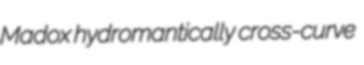
Madox hydromantically cross-curve